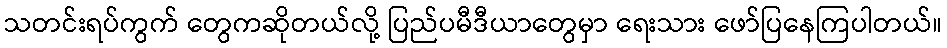
သတင်းရပ်ကွက် တွေကဆိုတယ်လို့ ပြည်ပမီဒီယာတွေမှာ ရေးသား ဖော်ပြနေကြပါတယ်။